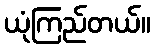
ယုံကြည်တယ်။